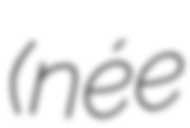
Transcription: (née